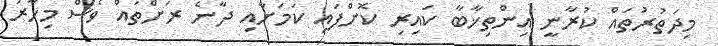
މިދަތުރުތައް ކުރާނީ އިންތިޚާބާ ކައިރި ކޮށްފައި ކަމަށާއި ދާނެ ރަށްތައް ވެސް މިހާރު